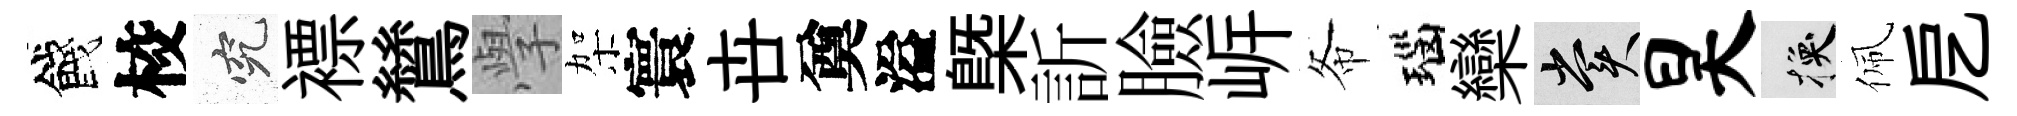
餞校究褾鷥𭓕架寰卋奠溢槩訢臉㟁𢁙瑙欒賞昊换佩戹